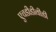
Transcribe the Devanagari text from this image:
एचडीडीवीडी